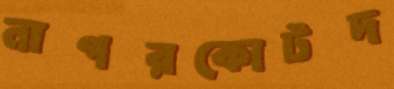
নাগরকোটদ